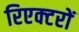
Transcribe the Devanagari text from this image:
रिएक्‍टरों